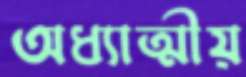
অধ্যাত্মীয়